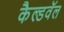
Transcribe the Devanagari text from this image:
कैल्डवॅल